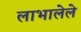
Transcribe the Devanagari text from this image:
लाभालेले